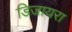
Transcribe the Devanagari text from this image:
डिजायरा